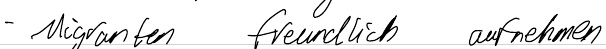
- Migranten freundlich aufnehmen